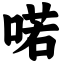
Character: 喏